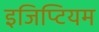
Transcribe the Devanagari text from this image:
इजिप्टियम